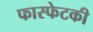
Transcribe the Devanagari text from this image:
फास्फेटकी